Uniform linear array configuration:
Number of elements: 64
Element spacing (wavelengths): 0.25
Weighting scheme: uniform
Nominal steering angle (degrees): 45
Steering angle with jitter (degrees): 46.245
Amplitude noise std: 0.05
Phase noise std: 0.05

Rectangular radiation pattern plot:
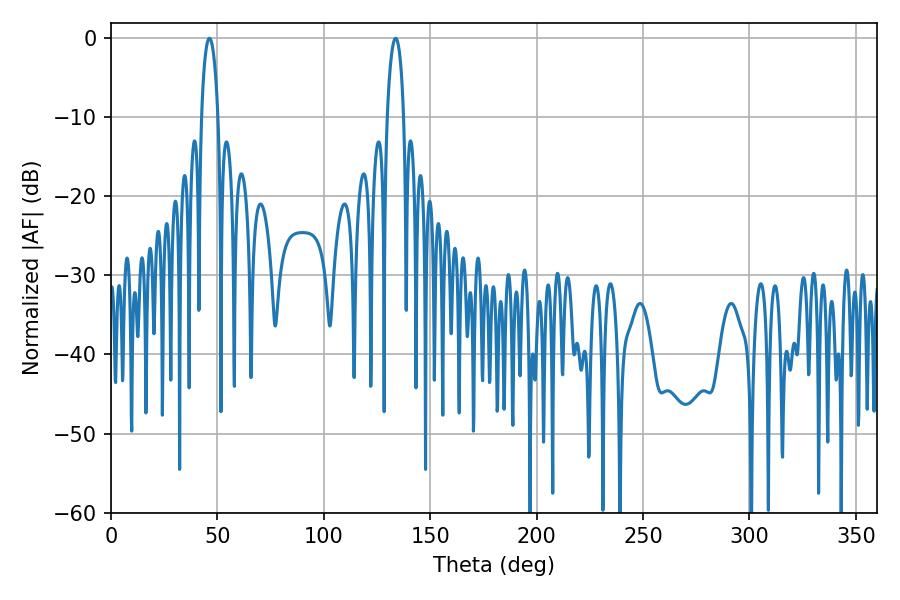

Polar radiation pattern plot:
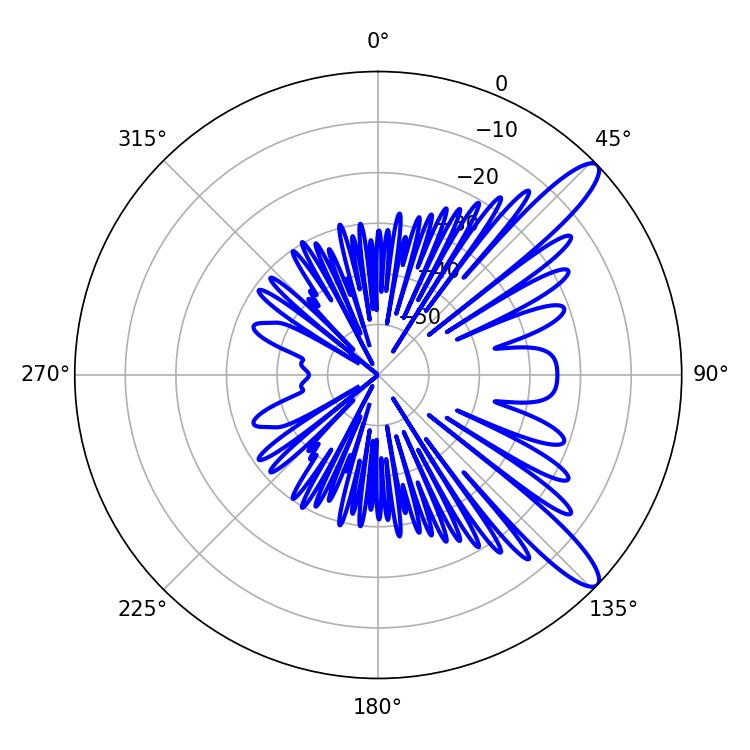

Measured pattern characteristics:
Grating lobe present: FALSE
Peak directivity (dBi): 11.852
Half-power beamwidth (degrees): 4.32
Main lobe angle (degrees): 46.26